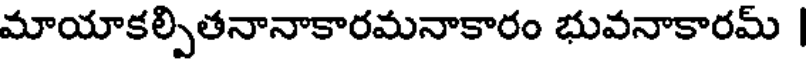
మాయాకల్పితనానాకారమనాకారం భువనాకారమ్ |